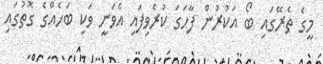
މީގެ ތެރޭގައި ބޯ އަކުރުން ފާހަގަ ކުރެވިފައި އެވަނީ ވަކި ބަހެއްގެ ގޮތުގައި